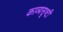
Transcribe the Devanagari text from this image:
काव्यसृष्टी